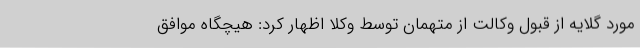
مورد گلایه از قبول وکالت از متهمان توسط وکلا اظهار کرد: هیچگاه موافق